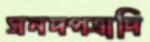
সনদপত্রাদি